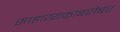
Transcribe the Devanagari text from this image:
साहाय्यकाबरोबर